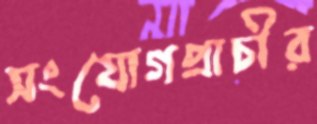
সংযোগপ্রাচীর